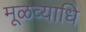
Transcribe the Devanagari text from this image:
मूळव्याधि